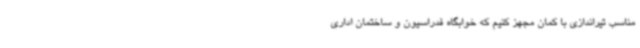
مناسب تیراندازی با کمان مجهز کنیم که خوابگاه فدراسیون و ساختمان اداری